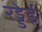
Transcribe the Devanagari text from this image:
रड्डेई